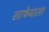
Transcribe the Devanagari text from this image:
साफेवाला